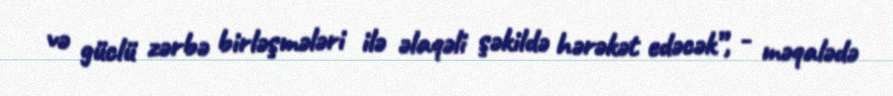
və güclü zərbə birləşmələri ilə əlaqəli şəkildə hərəkət edəcək”, - məqalədə